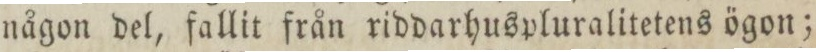
någon del, fallit från riddarhuspluralitetens ögon;